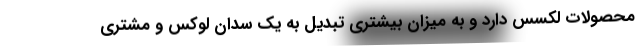
محصولات لکسس دارد و به میزان بیشتری تبدیل به یک سدان لوکس و مشتری